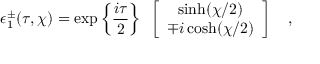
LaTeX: \epsilon _ { 1 } ^ { \pm } ( \tau , \chi ) = \exp \left\{ { \frac { i \tau } { 2 } } \right\} ~ \left[ \begin{array} { c } { { \sinh ( \chi / 2 ) } } \\ { { \mp i \cosh ( \chi / 2 ) } } \end{array} \right] ~ ~ ~ ,